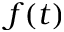
f ( t )